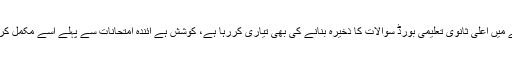
اس سلسلے میں اعلیٰ ثانوی تعلیمی بورڈ سوالات کا ذخیرہ بنانے کی بھی تیاری کررہا ہے، کوشش ہے آئندہ امتحانات سے پہلے اسے مکمل کرلیا جائے۔